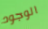
الوجود